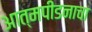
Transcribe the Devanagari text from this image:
आत्मपीडनाचा